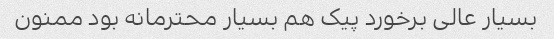
بسیار عالی برخورد پیک هم بسیار محترمانه بود ممنون